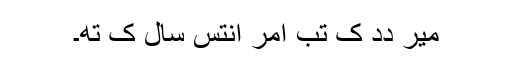
میرِ دِدِ کِ تب اُمر اُنتِس سال کِ تھِ۔